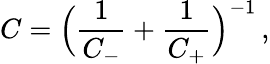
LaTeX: C=\Bigl({\frac{1}{C_{-}}+\frac{1}{C_{+}}}\Bigr)^{-1}\, ,